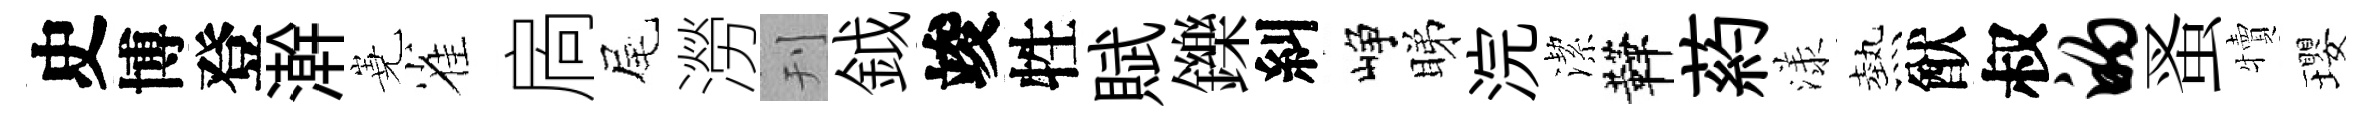
史博登澣嶤雀扄尾澇刊鉞竣牲賦鑠糾峥睇浣潔鞾葯漾熱猷叔的蚤犢瓔